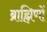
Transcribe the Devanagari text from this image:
ब्राह्मिणों